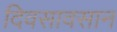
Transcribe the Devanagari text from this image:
दिवसावसान